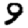
Digit: 9